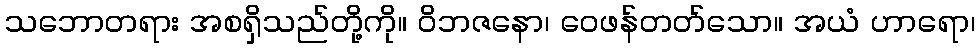
သဘောတရား အစရှိသည်တို့ကို။ ဝိဘဇနော၊ ဝေဖန်တတ်သော။ အယံ ဟာရော၊